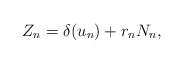
\begin{align*} Z_n = \delta(u_n) + r_n N_n, \end{align*}